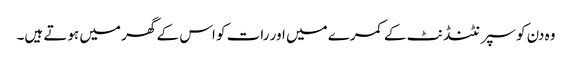
وہ دن کو سپرنٹنڈنٹ کے کمرے میں اور رات کو اس کے گھر میں ہوتے ہیں۔